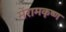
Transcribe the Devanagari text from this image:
मेंरामकृष्ण